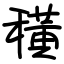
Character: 穔